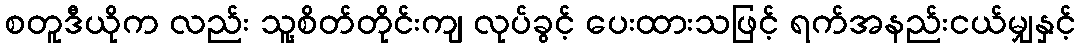
စတူဒီယိုက လည်း သူ့စိတ်တိုင်းကျ လုပ်ခွင့် ပေးထားသဖြင့် ရက်အနည်းငယ်မျှနှင့်